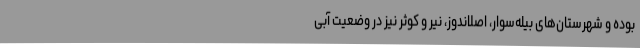
بوده و شهرستان‌های بیله‌سوار، اصلاندوز، نیر و کوثر نیز در وضعیت آبی